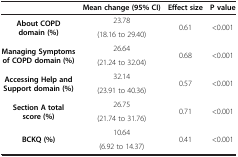
<table><thead><tr><td><b> </b></td><td><b>Mean change (95% CI)</b></td><td><b>Effect size</b></td><td><b>P value</b></td></tr></thead><tbody><tr><td rowspan="2"><b>About COPD domain (%)</b></td><td>23.78</td><td rowspan="2">0.61</td><td rowspan="2">&lt;0.001</td></tr><tr><td>(18.16 to 29.40)</td></tr><tr><td rowspan="2"><b>Managing Symptoms of COPD domain (%)</b></td><td>26.64</td><td rowspan="2">0.68</td><td rowspan="2">&lt;0.001</td></tr><tr><td>(21.24 to 32.04)</td></tr><tr><td rowspan="2"><b>Accessing Help and Support domain (%)</b></td><td>32.14</td><td rowspan="2">0.57</td><td rowspan="2">&lt;0.001</td></tr><tr><td>(23.91 to 40.36)</td></tr><tr><td rowspan="2"><b>Section A total score (%)</b></td><td>26.75</td><td rowspan="2">0.71</td><td rowspan="2">&lt;0.001</td></tr><tr><td>(21.74 to 31.76)</td></tr><tr><td><b>BCKQ (%)</b></td><td>10.64</td><td>0.41</td><td>&lt;0.001</td></tr><tr><td> </td><td>(6.92 to 14.37)</td><td> </td><td> </td></tr></tbody></table>